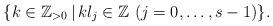
LaTeX: \begin{gather*}\{ k \in \mathbb{Z}_{>0} \,|\, k l_j \in \mathbb{Z} \ (j=0,\ldots, s-1) \}.\end{gather*}